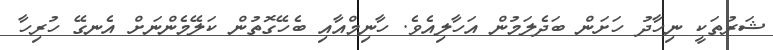
ޝަރުތަކީ ނިހާދު ހަށަން ބަދެލަމުން އަހާލިއެވެ. ހާނިމްއާއި ބެހޭގޮތުން ކަލޭމެންނަށް އެނގޭ ހުރިހާ